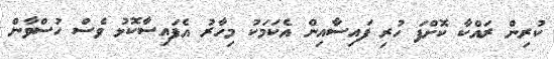
ކުރިން ރައްކާ ކޮށްފަ ހުރި ފައިސާއިން އެކަމަކު މިހާރު އެފައިސާކޮޅު ވެސް ހުސްވާން